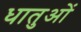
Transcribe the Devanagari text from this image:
धातुआें